Vaccine operations Central Provinces 1886-1899 - 1886-1899
Year: 1886
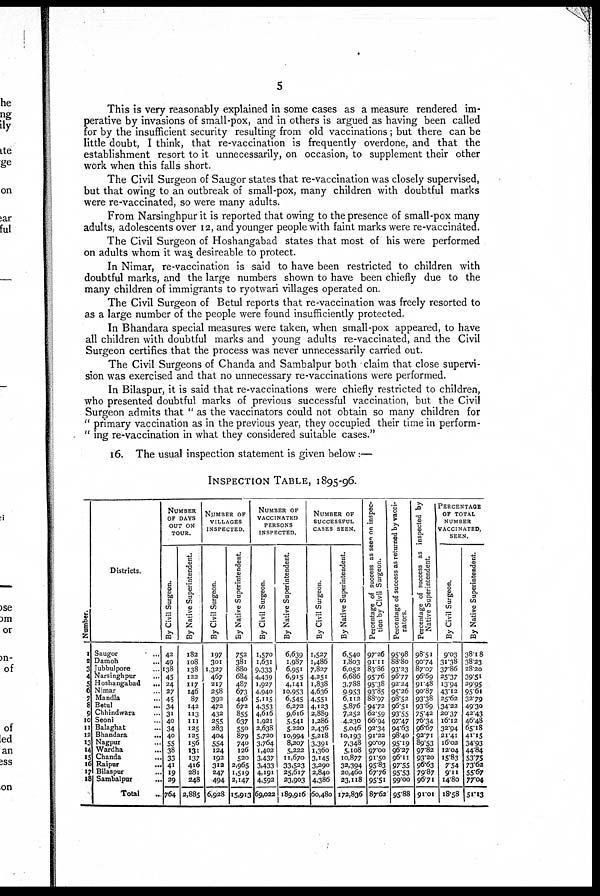
5
This is very reasonably explained in some cases as a measure rendered im-
perative by invasions of small-pox, and in others is argued as having been called
for by the insufficient security resulting from old vaccinations; but there can be
little doubt, I think, that re-vaccination is frequently overdone, and that the
establishment resort to it unnecessarily, on occasion, to supplement their other
work when this falls short.
The Civil Surgeon of Saugor states that re-vaccination was closely supervised,
but that owing to an outbreak of small-pox, many children with doubtful marks
were re-vaccinated, so were many adults.
From Narsinghpur it is reported that owing to the presence of small-pox many
adults, adolescents over 12, and younger people with faint marks were re-vaccinated.
The Civil Surgeon of Hoshangabad states that most of his were performed
on adults whom it was desireable to protect.
In Nimar, re-vaccination is said to have been restricted to children with
doubtful marks, and the large numbers shown to have been chiefly due to the
many children of immigrants to ryotwari villages operated on.
The Civil Surgeon of Betul reports that re-vaccination was freely resorted to
as a large number of the people were found insufficiently protected.
In Bhandara special measures were taken, when small-pox appeared, to have
all children with doubtful marks and young adults re-vaccinated, and the Civil
Surgeon certifies that the process was never unnecessarily carried out.
The Civil Surgeons of Chanda and Sambalpur both claim that close supervi-
sion was exercised and that no unnecessary re-vaccinations were performed.
In Bilaspur, it is said that re-vaccinations were chiefly restricted to children,
who presented doubtful marks of previous successful vaccination, but the Civil
Surgeon admits that " as the vaccinators could not obtain so many children for
"primary vaccination as in the previous year, they occupied their time in perform-
" ing re-vaccination in what they considered suitable cases."
16. The usual inspection statement is given below:—
INSPECTION TABLE, 1895-96.
Number.
1
2
3
4
5
6
7
8
9
10
11
12
13
14
15
16
17
18
Districts.
Saugor ...
Damoh ...
Jubbulpore ...
Narsinghpur ...
Hoshangabad
...
Nimar ...
Mandla ...
Betul
Chhindwara ...
Seoni ...
Balaghat ...
Bhandara
...
Nagpur ...
Wardha ...
Chanda
...
Raipur
...
Bilaspur ...
Sambalpur
...
Total ...
NUMBER
OF DAYS
OUT ON
TOUR.
By Civil Surgeon.
42
49
138
45
24
27
45
34
31
40
34
40
55
38
33
41
19
29
764
By Native Superintendent.
182
108
138
122
117
146
87
142
113
111
125
125
156
131
137
416
281
248
2,885
NUMBER OF
VILLAGES
INSPECTED.
By Civil Surgeon.
197
301
1,327
467
217
258
392
472
432
255
283
404
554
124
192
312
247
494
6,928
By Native Superintendent.
752
381
880
684
487
673
446
672
855
637
550
879
740
126
520
2,965
1,519
2,147
15,913
NUMBER OF
VACCINATED
PERSONS
INSPECTED.
By Civil Surgeon.
1,570
1,631
9,333
4,439
1,927
4,940
5,115
4,353
4,616
1,921
2,638
5,720
3,764
1,402
3,437
3,433
4,191
4,592
69,022
By Native Superintendent.
6,639
1,987
6,951
6,915
4,141
10,953
6,545
6,272
9,616
5,541
5,220
10,994
8,207
5,222
11,670
33,523
25,617
23,903
189,916
NUMBER OF
SUCCESSFUL
CASES SEEN.
By Civil Surgeon.
1,527
1,486
7,827
4,251
1,838
4,636
4,551
4,123
2,889
1,286
2,436
5,218
3,391
1,360
3,145
3,290
2,840
4,386
60,480
By Native Superintendent.
6,540
1,803
6,052
6,686
3,788
9,953
6,112
5,876
7,252
4,230
5,046
10,193
7,348
5,108
10,877
32,394
20,460
23,118
172,836
Percentage of success as seen on inspec-
tion by Civil Surgeon.
97.26
91.11
83.86
95.76
95.38
93.85
88.97
94.72
62.59
66.94
92.34
91.22
90.09
97.00
91.50
95.83
67.76
95.51
87.62
Percentage of success as returned by vacci-
nators.
95.98
88.80
93.23
96.77
92.24
95.26
98.52
96.51
93.55
97.47
94.63
98.40
95.19
96.27
96.11
97.55
95.53
99.00
95.88
Percentage of success as inspected by
Native Superintendent.
98.51
90.74
87.07
96.69
91.48
90.87
93.38
93.69
75.42
76.34
96.67
92.71
89.53
97.82
93.20
96.63
79.87
96.71
91.01
PERCENTAGE
OF TOTAL
NUMBER
VACCINATED,
SEEN.
By Civil Surgeon.
9.03
31.38
37.86
25.37
13.94
43.12
25.62
34.22
20.37
16.12
32.94
21.41
16.02
12.04
15.83
7.54
9.11
14.80
18.58
By Native Superintendent.
38.18
38.23
28.20
39.51
29.95
95.61
32.79
49.30
42.43
46.48
65.18
41.15
34.93
44.84
53.75
73.62
55.67
77.04
51.13